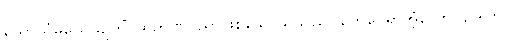
သောသံမုယှေယျကိံ၊ ထိုဉာဏ်ပညာဖြစ်သောသူသည်။ တွေဝေရာအံ့လော။ ဥဒါဟု၊